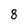
Character: 8